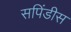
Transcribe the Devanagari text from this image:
सपिंडीस